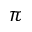
\pi